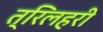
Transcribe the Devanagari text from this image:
त्रिलहरी